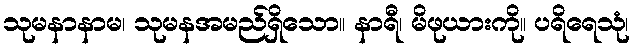
သုမနာနာမ၊ သုမနအမည်ရှိသော။ နာရီ၊ မိဖုယားကို။ ပရိရေသုံ၊